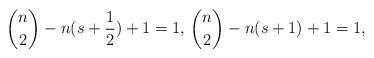
LaTeX: \begin{align*} \binom{n}{2}-n(s+\frac{1}{2})+1=1,\, \binom{n}{2}-n(s+1)+1=1, \end{align*}